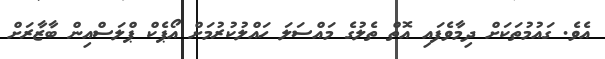
އެވެ. ގައުމުތަކަށް ދިމާވެފައި އޮތް ތެލުގެ މައްސަލަ ހައްލުކުރުމަށް އޯޕެކް ޕްލަސްއިން ބާޒާރަށް